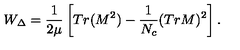
W _ { \Delta } = \frac { 1 } { 2 \mu } \left[ T r ( M ^ { 2 } ) - \frac { 1 } { N _ { c } } ( T r M ) ^ { 2 } \right] .